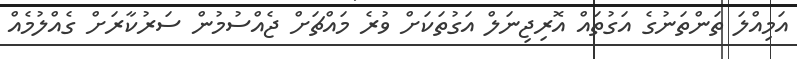
އަމިއްލަ ތަންތަނުގެ އަގުތައް އޮރިޖިނަލް އަގުތަކަށް ވުރެ މައްޗަށް ޖެއްސުމުން ސަރުކާރަށް ގެއްލުމެއް